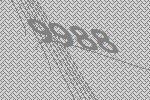
9988